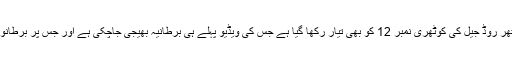
62 سالہ وجے مالیا کے لئے ممبئی کی آرتھر روڈ جیل کی کوٹھری نمبر 12 کو بھی تیار رکھا گیا ہے جس کی ویڈیو پہلے ہی برطانیہ بھیجی جاچکی ہے اور جس پر برطانوی عدالت نے بھی اطمینان کا اظہار کیا تھا۔